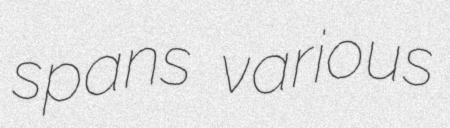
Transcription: spans various